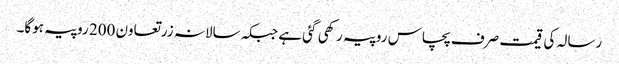
رسالہ کی قیمت صرف پچاس روپیہ رکھی گئی ہے جبکہ سالانہ زرتعاون 200 روپیہ ہوگا۔